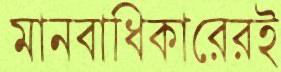
মানবাধিকারেরই